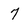
Character: 7